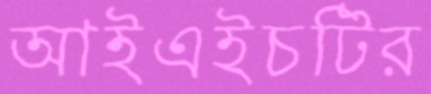
আইএইচটির